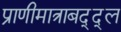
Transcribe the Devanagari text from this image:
प्राणीमात्राबद्द्ल